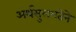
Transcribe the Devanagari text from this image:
अर्थसुलभतेने